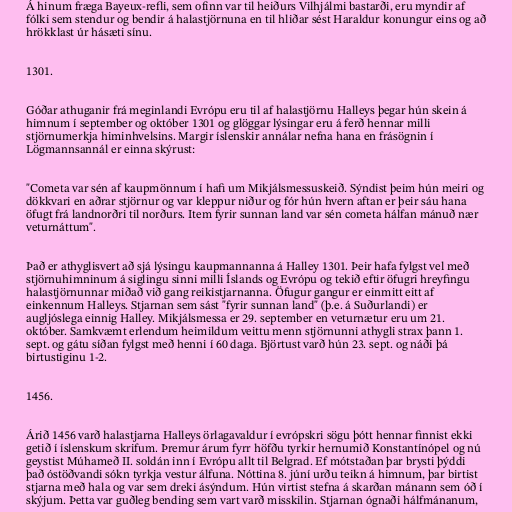
Á hinum fræga Bayeux-refli, sem ofinn var til heiðurs Vilhjálmi bastarði, eru myndir af
fólki sem stendur og bendir á halastjörnuna en til hliðar sést Haraldur konungur eins og að
hrökklast úr hásæti sínu.

1301.

Góðar athuganir frá meginlandi Evrópu eru til af halastjörnu Halleys þegar hún skein á
himnum í september og október 1301 og glöggar lýsingar eru á ferð hennar milli
stjörnumerkja himinhvelsins. Margir íslenskir annálar nefna hana en frásögnin í
Lögmannsannál er einna skýrust:

"Cometa var sén af kaupmönnum í hafi um Mikjálsmessuskeið. Sýndist þeim hún meiri og
dökkvari en aðrar stjörnur og var kleppur niður og fór hún hvern aftan er þeir sáu hana
öfugt frá landnorðri til norðurs. Item fyrir sunnan land var sén cometa hálfan mánuð nær
veturnáttum".

Það er athyglisvert að sjá lýsingu kaupmannanna á Halley 1301. Þeir hafa fylgst vel með
stjörnuhimninum á siglingu sinni milli Íslands og Evrópu og tekið eftir öfugri hreyfingu
halastjörnunnar miðað við gang reikistjarnanna. Öfugur gangur er einmitt eitt af
einkennum Halleys. Stjarnan sem sást "fyrir sunnan land" (þ.e. á Suðurlandi) er
augljóslega einnig Halley. Mikjálsmessa er 29. september en veturnætur eru um 21.
október. Samkvæmt erlendum heimildum veittu menn stjörnunni athygli strax þann 1.
sept. og gátu síðan fylgst með henni í 60 daga. Björtust varð hún 23. sept. og náði þá
birtustiginu 1-2.

1456.

Árið 1456 varð halastjarna Halleys örlagavaldur í evrópskri sögu þótt hennar finnist ekki
getið í íslenskum skrifum. Þremur árum fyrr höfðu tyrkir hernumið Konstantínópel og nú
geystist Múhameð II. soldán inn í Evrópu allt til Belgrad. Ef mótstaðan þar brysti þýddi
það óstöðvandi sókn tyrkja vestur álfuna. Nóttina 8. júní urðu teikn á himnum, þar birtist
stjarna með hala og var sem dreki ásýndum. Hún virtist stefna á skarðan mánann sem óð í
skýjum. Þetta var guðleg bending sem vart varð misskilin. Stjarnan ógnaði hálfmánanum,